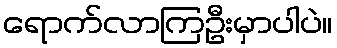
ရောက်လာကြဦးမှာပါပဲ။